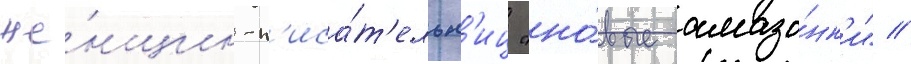
же́нщин-п'иса́т'ельн'иц "но́вые амазо́нк'и" //